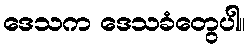
ဒေသက ဒေသခံတွေပါ။